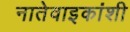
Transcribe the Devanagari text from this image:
नातेवाइकांशी